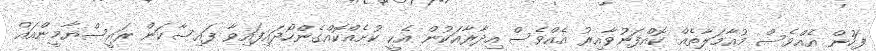
ފަހުން އެއްވެސް މުއާމަލާތެއް ކޮއްފަނުވާއިރު އެއްވެސް އިދާރާއަކުން އެކީ ކުށެއްކޮއްގެންހޯދައިފައިވާ ފައިސާކަން ރައީސްޔާމީންއައް